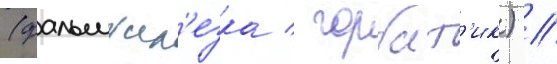
(фальшжел'езка / горбат'ик) //